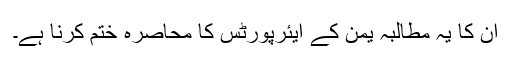
ان کا یہ مطالبہ یمن کے ایئرپورٹس کا محاصرہ ختم کرنا ہے۔